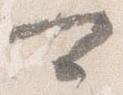
可